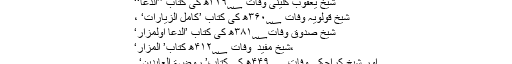
شیخ یعقوب کلینیؒ وفات ۳۲۹؁ھ کی کتاب ’’الدعا‘‘
شیخ قولویہ وفات ۳۶۰؁ھ کی کتاب ’کامل الزیارات‘ ،
شیخ صدوقؒ وفات۳۸۱؁ھ کی کتاب ’الدعا اولمزار‘
،شیخ مفید ؒ وفات ۴۱۲؁ھ کتاب’ المزار‘
اور شیخ کراجکی وفات ۴۴۹؁ھ کی کتاب’ روضۃ العابدین‘ ۔